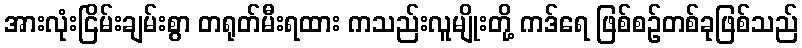
အားလုံးငြိမ်းချမ်းစွာ တရုတ်မီးရထား ကသည်းလူမျိုးတို့ ကဒ်ရေ ဖြစ်စဉ်တစ်ခုဖြစ်သည်